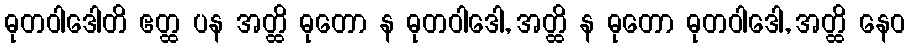
ဓုတဝါဒေါတိ ဧတ္ထ ပန အတ္ထိ ဓုတော န ဓုတဝါဒေါ, အတ္ထိ န ဓုတော ဓုတဝါဒေါ, အတ္ထိ နေဝ